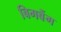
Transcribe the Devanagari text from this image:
बिगबैंग